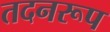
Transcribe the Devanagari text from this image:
तदनरूप